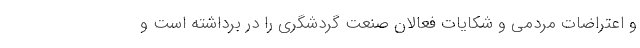
و اعتراضات مردمی و شکایات فعالان صنعت گردشگری را در برداشته است و